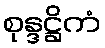
စုန္ဒဋ္ဌိကံ